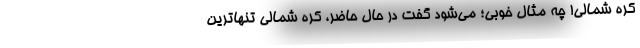
کره شمالی! چه مثال خوبی؛ می‌شود گفت در حال حاضر، کره شمالی تنها‌ترین